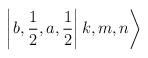
LaTeX: \begin{align*}\left| \left. b,\frac{1}{2},a,\frac{1}{2}\right| k,m,n\right\rangle\end{align*}